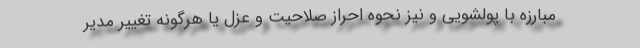
مبارزه با پولشویی و نیز نحوه احراز صلاحیت و عزل یا هرگونه تغییر مدیر